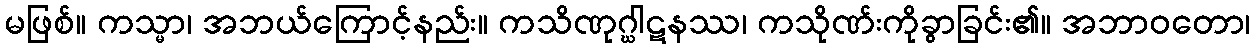
မဖြစ်။ ကသ္မာ၊ အဘယ်ကြောင့်နည်း။ ကသိဏုဂ္ဃါဋနဿ၊ ကသိုဏ်းကိုခွာခြင်း၏။ အဘာဝတော၊